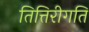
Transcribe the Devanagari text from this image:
तित्तिरीगति